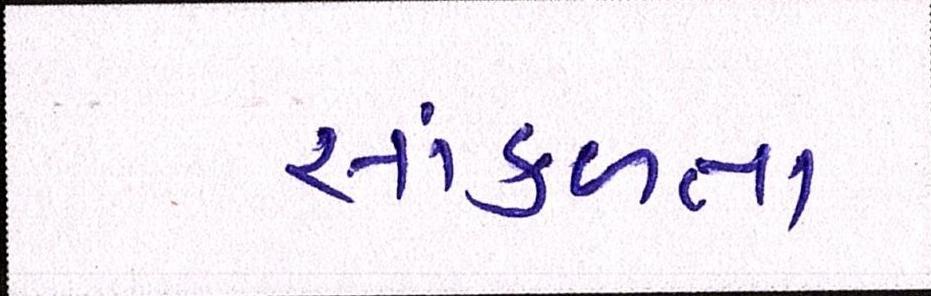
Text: સાંકળતા